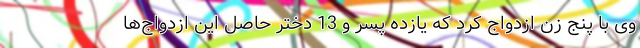
وی با پنج زن ازدواج کرد که یازده پسر و 13 دختر حاصل این ازدواج‌ها